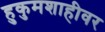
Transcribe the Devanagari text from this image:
हुकुमशाहीवर